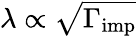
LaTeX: \lambda\propto\sqrt{\Gamma_{\mathrm{imp}}}